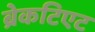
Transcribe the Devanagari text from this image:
ब्रेकटिएट